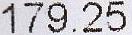
179.25